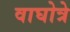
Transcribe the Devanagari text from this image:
वाघोत्रे